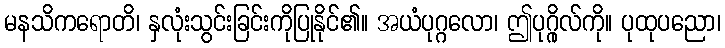
မနသိကရောတိ၊ နှလုံးသွင်းခြင်းကိုပြုနိုင်၏။ အယံပုဂ္ဂလော၊ ဤပုဂ္ဂိုလ်ကို။ ပုထုပညော၊